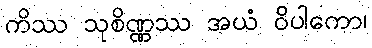
ကိဿ သုစိဏ္ဏဿ အယံ ဝိပါကော၊